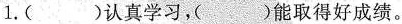
1.()认真学习，()能取得好成绩。